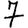
Digit: 7